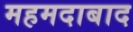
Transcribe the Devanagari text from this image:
महमदाबाद